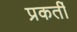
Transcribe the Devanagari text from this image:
प्रकर्ती